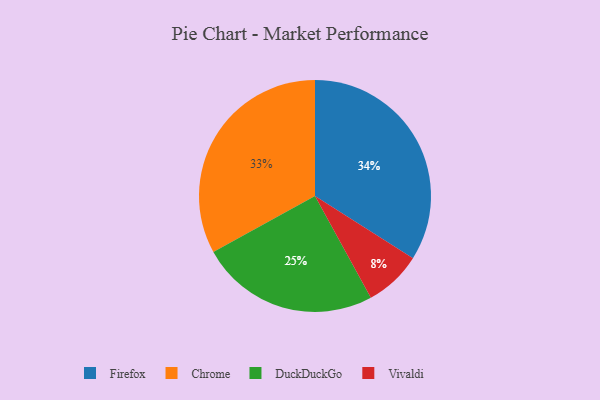
{"axis": {"x": "Category", "y": "Percentage"}, "legend": ["Chrome", "DuckDuckGo", "Firefox", "Vivaldi"], "data": [{"x": "Firefox", "y": 34, "type": "Firefox"}, {"x": "Chrome", "y": 33, "type": "Chrome"}, {"x": "Vivaldi", "y": 8, "type": "Vivaldi"}, {"x": "DuckDuckGo", "y": 25, "type": "DuckDuckGo"}]}